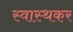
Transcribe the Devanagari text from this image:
स्वास्थकर